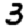
Digit: 3